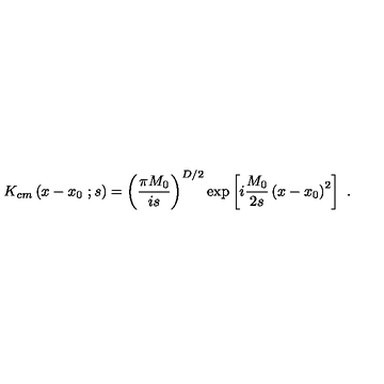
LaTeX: K _ { c m } \left( x - x _ { 0 } \ ; s \right) = \left( { \frac { \pi M _ { 0 } } { i s } } \right) ^ { D / 2 } \exp \left[ i { \frac { M _ { 0 } } { 2 s } } \left( x - x _ { 0 } \right) ^ { 2 } \right] \ .